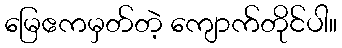
မြေဧကမှတ်တဲ့ ကျောက်တိုင်ပါ။